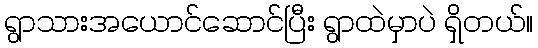
ရွာသားအယောင်ဆောင်ပြီး ရွာထဲမှာပဲ ရှိတယ်။